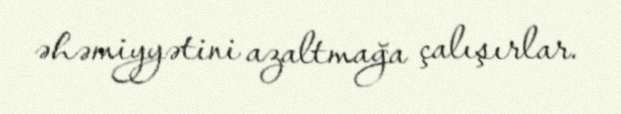
əhəmiyyətini azaltmağa çalışırlar.